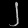
Digit: ၂